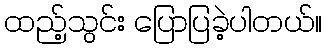
ထည့်သွင်း ပြောပြခဲ့ပါတယ်။